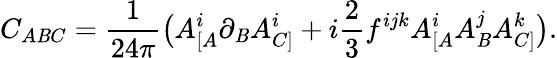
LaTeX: C_{A\mathit{B}C}=\frac{{1}}{{24\pi}}\big(A_{[A}^{i}\partial_{\mathit{B}}A_{C]}^{i}+i\frac{{2}}{{3}}f^{ijk}A_{[A}^{i}A_{\mathit{B}}^{j}A_{C]}^{k}\big).